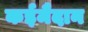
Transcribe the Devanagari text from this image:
कईमैदान